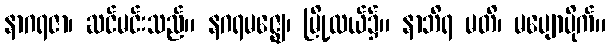
နာဂရဇာ၊ ဆင်မင်းသည်။ နဂရမဇ္ဈေ၊ မြို့လယ်၌။ နာဘိရ မတိ၊ မပျောပိုက်။